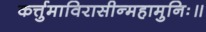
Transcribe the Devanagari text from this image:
कर्त्तुमाविरासीन्महामुनिः॥